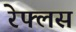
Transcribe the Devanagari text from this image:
रेफ्लस